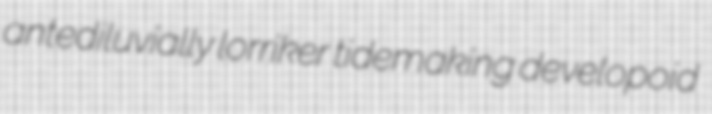
antediluvially lorriker tidemaking developoid